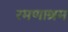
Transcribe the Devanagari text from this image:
रमणाश्रम